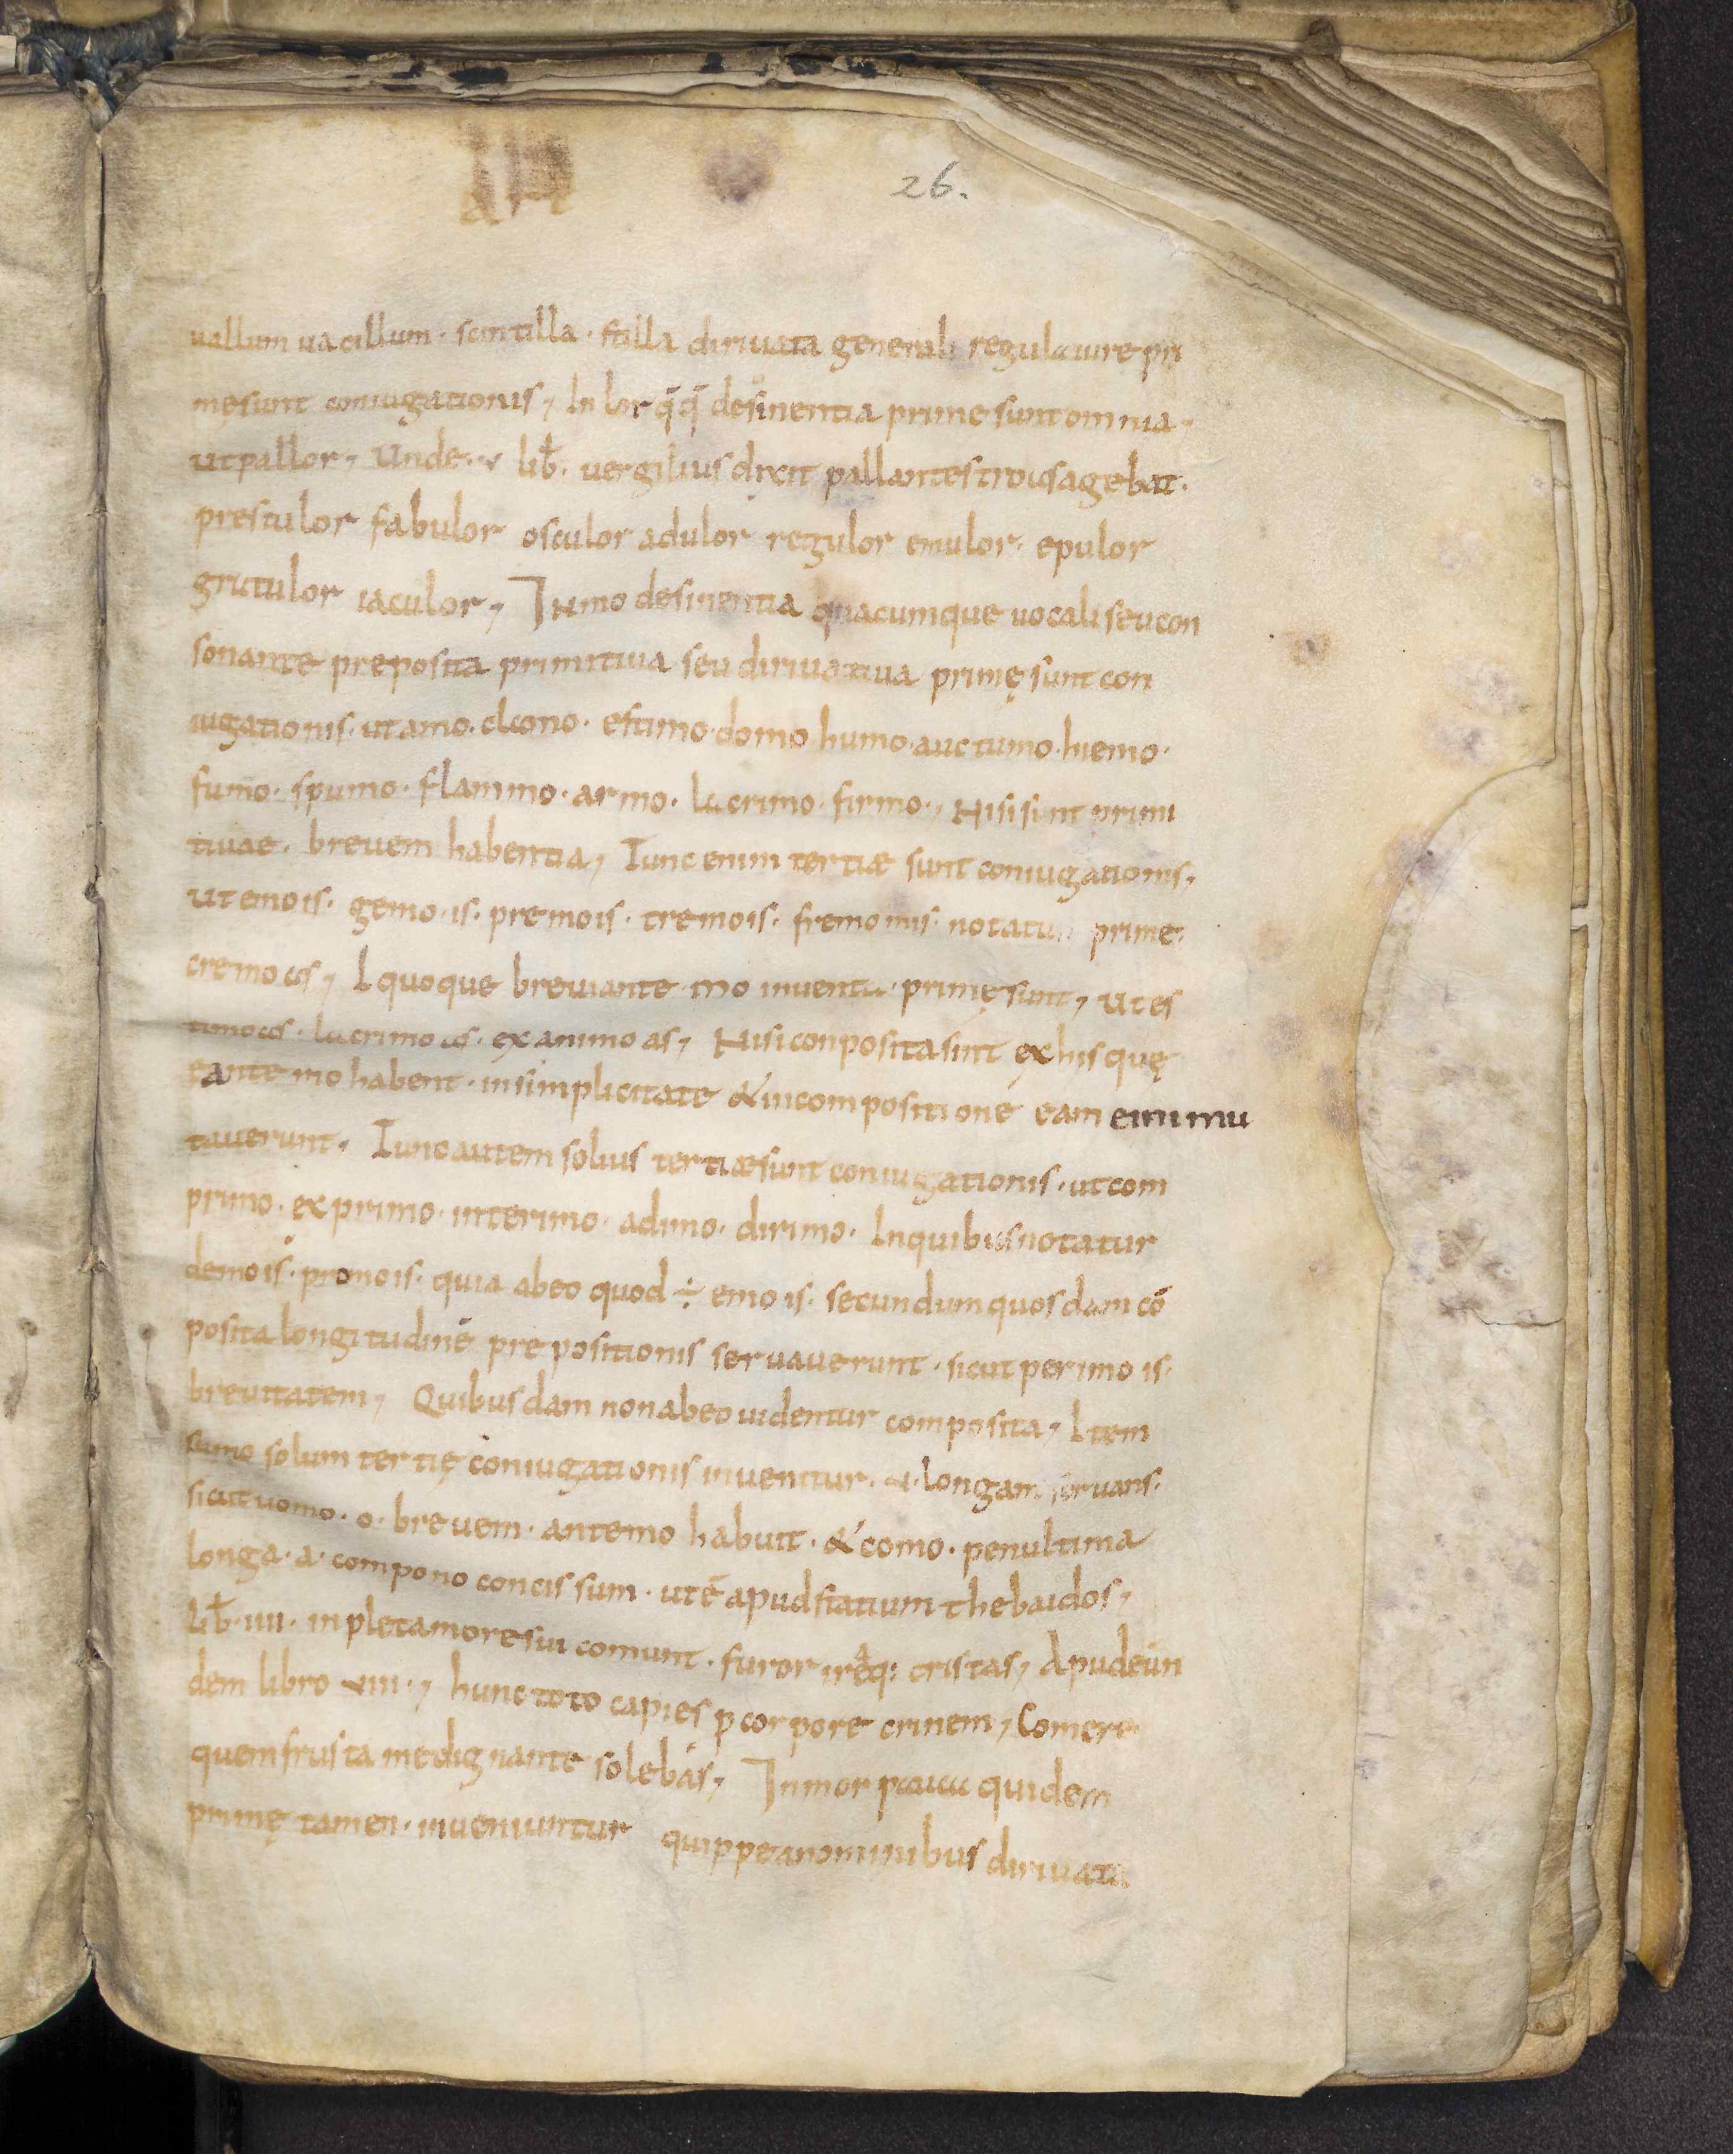
Shelfmark: Leiden, Bibliotheek der Rijksuniversiteit, Voss. Lat. O 41
Century: 9